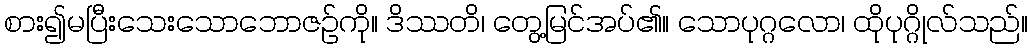
စား၍မပြီးသေးသောဘောဇဉ်ကို။ ဒိဿတိ၊ တွေ့မြင်အပ်၏။ သောပုဂ္ဂလော၊ ထိုပုဂ္ဂိုလ်သည်။